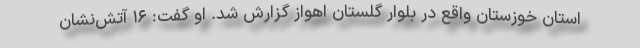
استان خوزستان واقع در بلوار گلستان اهواز گزارش شد. او گفت: ۱۶ آتش‌نشان